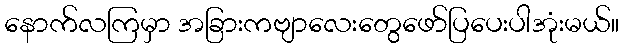
နောက်လကြမှာ အခြားကဗျာလေးတွေဖော်ပြပေးပါအုံးမယ်။